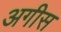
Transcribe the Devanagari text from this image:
अगीस